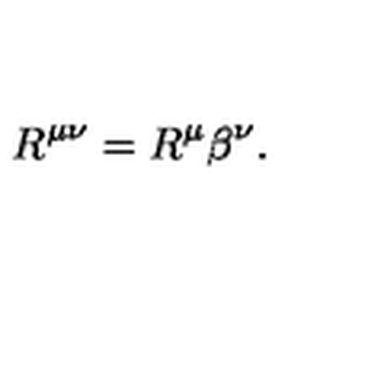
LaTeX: R ^ { \mu \nu } = R ^ { \mu } \beta ^ { \nu } .